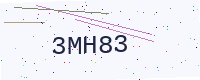
Text: 3MH83